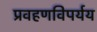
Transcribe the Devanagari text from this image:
प्रवहणविपर्यय